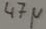
Text: 47µ